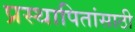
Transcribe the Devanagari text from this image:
प्रस्थापितांसाठी